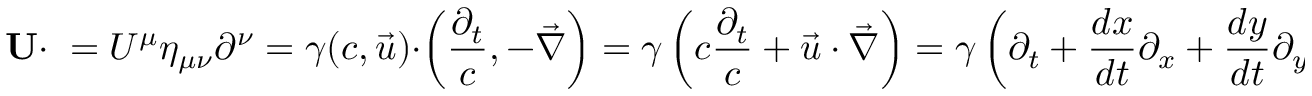
\mathbf { U } \cdot \mathbf { \partial } = U ^ { \mu } \eta _ { \mu \nu } \partial ^ { \nu } = \gamma ( c , { \vec { u } } ) \cdot \left( { \frac { \partial _ { t } } { c } } , - { \vec { \nabla } } \right) = \gamma \left( c { \frac { \partial _ { t } } { c } } + { \vec { u } } \cdot { \vec { \nabla } } \right) = \gamma \left( \partial _ { t } + { \frac { d x } { d t } } \partial _ { x } + { \frac { d y } { d t } } \partial _ { y } + { \frac { d z } { d t } } \partial _ { z } \right) = \gamma { \frac { d } { d t } } = { \frac { d } { d \tau } }